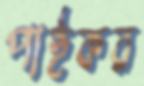
পাইকর